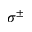
\sigma ^ { \pm }